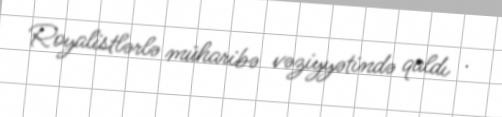
Royalistlərlə müharibə vəziyyətində qaldı .